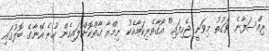
ރިއްސަފާނެ ވަގުތު މިވަނީ ޖެހިފައި" އޯގާތެރިކަމާއެކު ނިމްރާ ގާތްކޮށްލައިގެން ހުރެ އޭނާގެ ބޮލުގައި